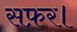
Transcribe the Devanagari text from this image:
सफ़र।